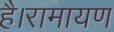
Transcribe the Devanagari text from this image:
है।रामायण